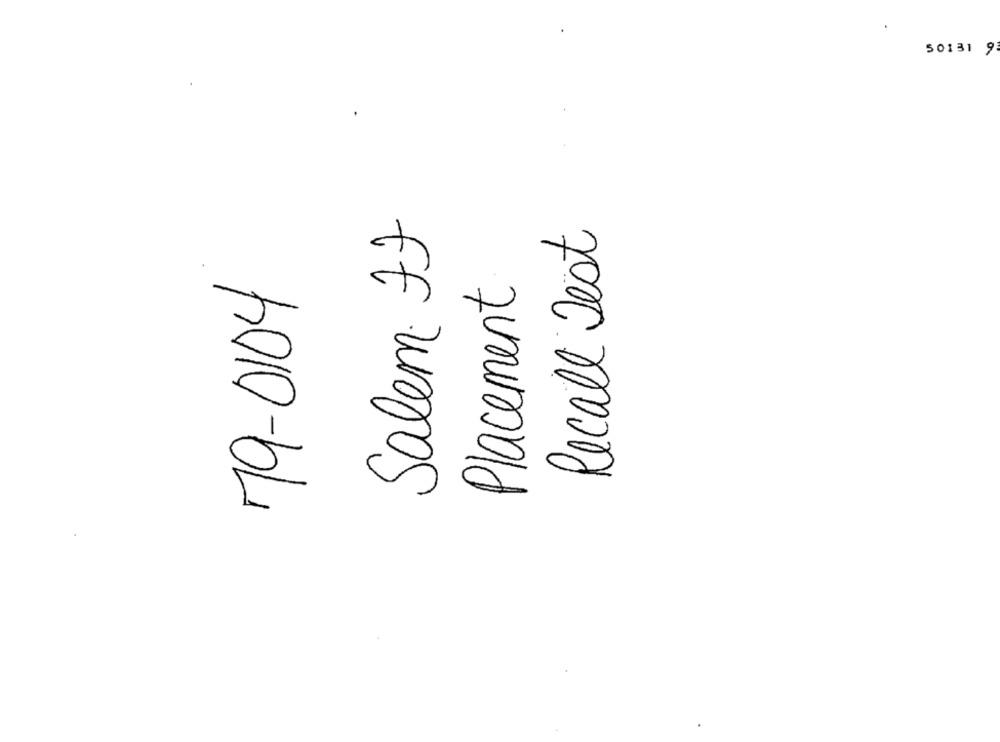
50131 9
Salem If
Recall Jest
79-0104
Placement